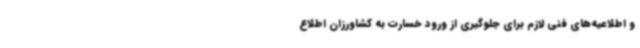
و اطلاعیه‌های فنی لازم برای جلوگیری از ورود خسارت به کشاورزان اطلاع